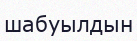
шабуылдын